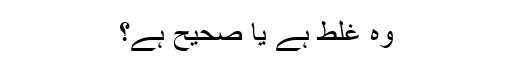
وہ غلط ہے یا صحیح ہے؟